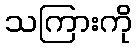
သကြားကို